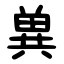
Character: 兾